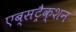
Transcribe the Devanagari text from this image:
एब्सट्रैक्शन